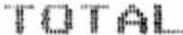
TOTAL